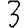
Digit: 3